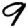
Digit: 9